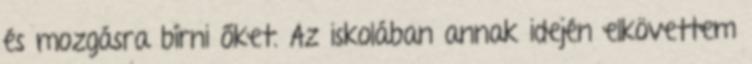
és mozgásra bírni őket. Az iskolában annak idején elkövettem